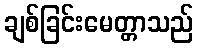
ချစ်ခြင်းမေတ္တာသည်